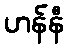
ဟန်နီ